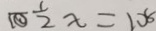
1 0 \frac { 1 } { 2 } x = 1 0 8